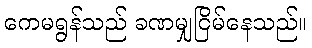
ကေမရွန်သည် ခဏမျှငြိမ်နေသည်။